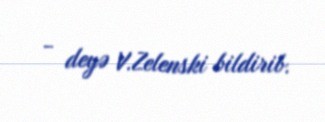
- deyə V.Zelenski bildirib.